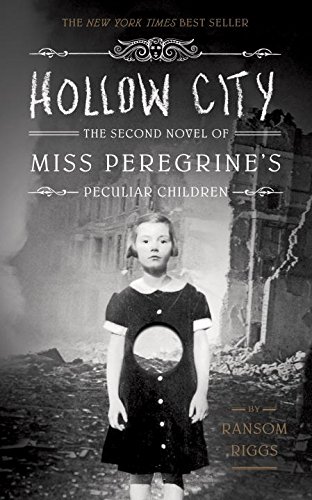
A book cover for Hollow City: The Second Novel of Miss Peregrine's Peculiar Children; Ransom Riggs; Teen & Young Adult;